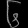
Digit: ၆